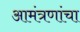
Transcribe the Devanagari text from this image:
आमंत्रणांचा